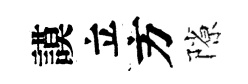
謨立方隙